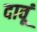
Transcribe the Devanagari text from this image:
दावूं